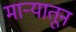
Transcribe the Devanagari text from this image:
माऱ्यातून